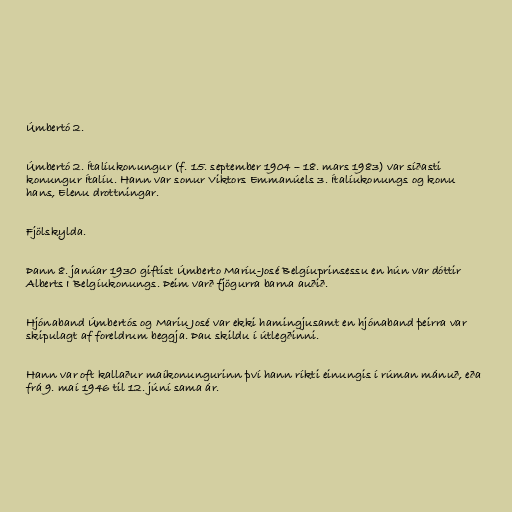
Úmbertó 2.

Úmbertó 2. Ítalíukonungur (f. 15. september 1904 – 18. mars 1983) var síðasti
konungur Ítalíu. Hann var sonur Viktors Emmanúels 3. Ítalíukonungs og konu
hans, Elenu drottningar.

Fjölskylda.

Þann 8. janúar 1930 giftist Úmberto Maríu-José Belgíuprinsessu en hún var dóttir
Alberts I Belgíukonungs. Þeim varð fjögurra barna auðið.

Hjónaband Úmbertós og Mariu José var ekki hamingjusamt en hjónaband þeirra var
skipulagt af foreldrum beggja. Þau skildu í útlegðinni.

Hann var oft kallaður maíkonungurinn því hann ríkti einungis í rúman mánuð, eða
frá 9. maí 1946 til 12. júní sama ár.